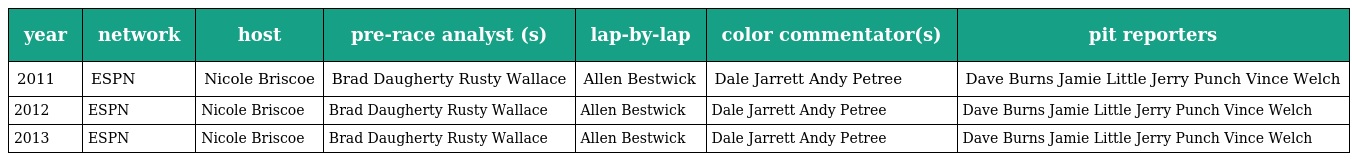
| year | network | host | pre-race analyst (s) | lap-by-lap | color commentator(s) | pit reporters |
 | --- | --- | --- | --- | --- | --- | --- |
 | 2011 | ESPN | Nicole Briscoe | Brad Daugherty Rusty Wallace | Allen Bestwick | Dale Jarrett Andy Petree | Dave Burns Jamie Little Jerry Punch Vince Welch |
 | 2012 | ESPN | Nicole Briscoe | Brad Daugherty Rusty Wallace | Allen Bestwick | Dale Jarrett Andy Petree | Dave Burns Jamie Little Jerry Punch Vince Welch |
 | 2013 | ESPN | Nicole Briscoe | Brad Daugherty Rusty Wallace | Allen Bestwick | Dale Jarrett Andy Petree | Dave Burns Jamie Little Jerry Punch Vince Welch |